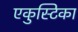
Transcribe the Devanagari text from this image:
एकुस्टिका